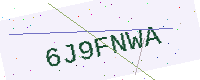
Text: 6J9FNWA